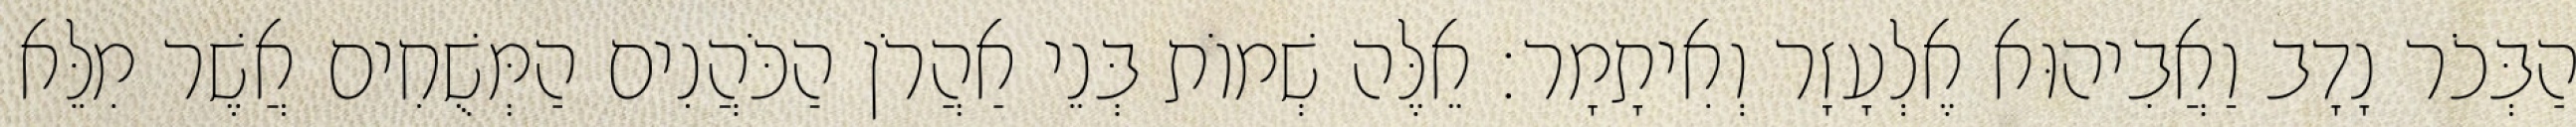
הַבְּכֹר נָדָב וַאֲבִיהוּא אֶלְעָזָר וְאִיתָמָר׃ אֵלֶּה שְׁמוֹת בְּנֵי אַהֲרֹן הַכֹּהֲנִים הַמְּשֻׁחִים אֲשֶׁר מִלֵּא